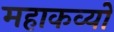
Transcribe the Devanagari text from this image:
महाकव्यों